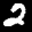
Label: 2